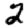
Digit: 2